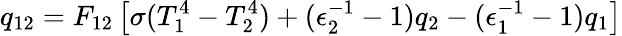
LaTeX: q_{12}=F_{12}\left[\sigma(T_{1}^{4}-T_{2}^{4})+(\epsilon_{2}^{-1}-1)q_{2}-(\epsilon_{1}^{-1}-1)q_{1}\right]